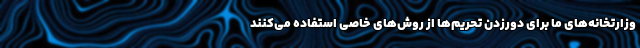
وزارتخانه‌های ما برای دورزدن تحریم‌ها از روش‌های خاصی استفاده می‌کنند